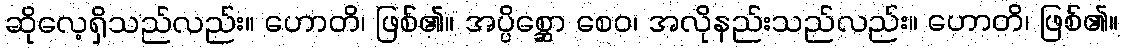
ဆိုလေ့ရှိသည်လည်း။ ဟောတိ၊ ဖြစ်၏။ အပ္ပိစ္ဆော စေဝ၊ အလိုနည်းသည်လည်း။ ဟောတိ၊ ဖြစ်၏။